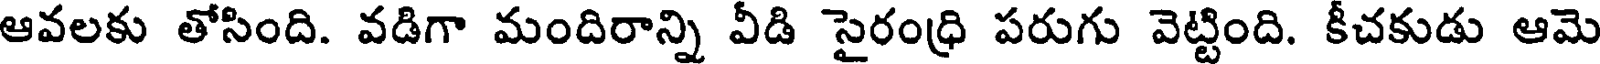
ఆవలకు తోసింది. వడిగా మందిరాన్ని వీడి సైరంధ్రి పరుగు వెట్టింది. కీచకుడు ఆమె